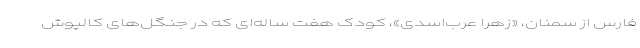
فارس از سمنان، «زهرا عرب‌اسدی»، کودک هفت ساله‌ای که در جنگل‌های کالپوش